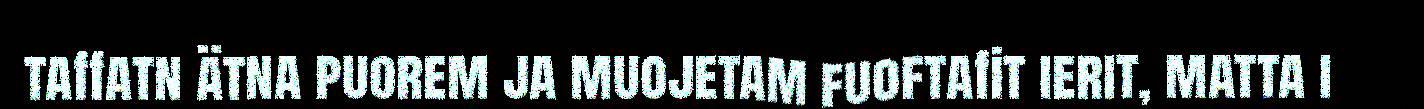
taffatn ätna puorem ja muojetam fuoftafit ierit, matta i